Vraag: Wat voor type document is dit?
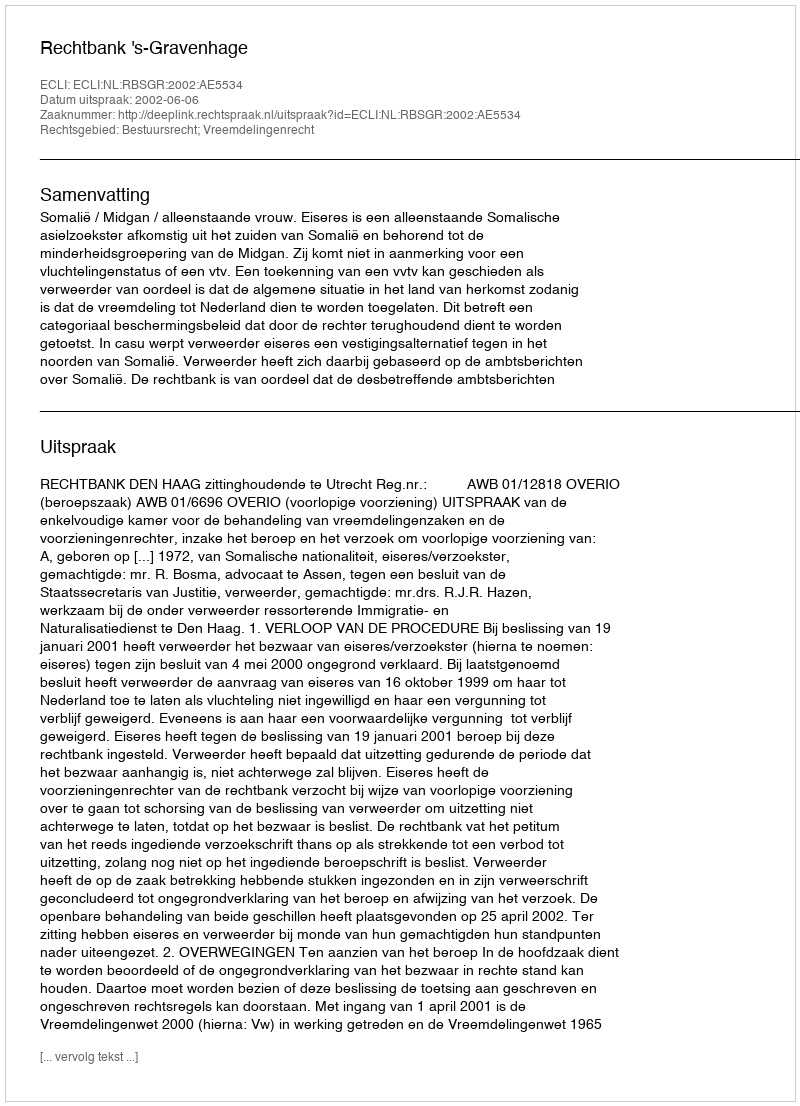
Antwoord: Uitspraak